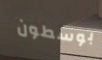
بوسطون